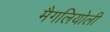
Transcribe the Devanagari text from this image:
मैगलियोली